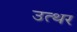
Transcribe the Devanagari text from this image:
उत्थर